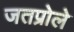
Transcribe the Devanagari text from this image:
जतप्रोले